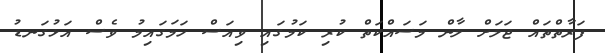
ފަރާތްތައް ޖަލަށް ލާން މަސައްކަތް ކުރި ކަމުގައި ވިއަސް ހަމަގައިމު ވެސް އަޅުގަނޑު